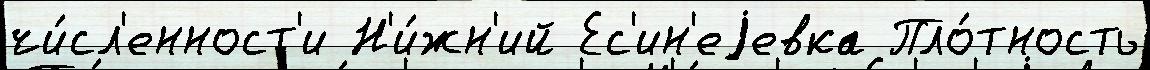
чи́сл'енност'и Н'и́жн'ий Ес'ин'еjевка Пло́тность